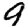
Digit: 9